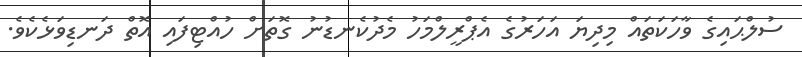
ސުލްޙައިގެ ވާހަކަތައް މިދިޔަ އަހަރުގެ އެޕްރީލްމަހު މެދުކެނޑުނު ގޮތަށް ހުއްޓިފައި އޮތް ދަނޑިވަޅެކެވެ.